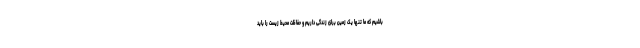
باشیم که ما تنها یک زمین برای زندگی داریم و حفاظت محیط زیست را باید